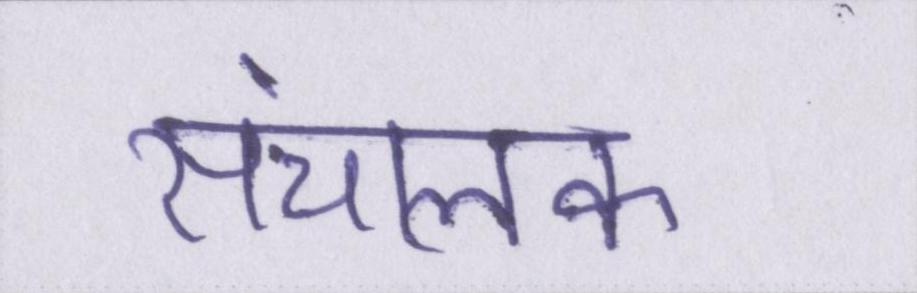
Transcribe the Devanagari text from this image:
संचालक